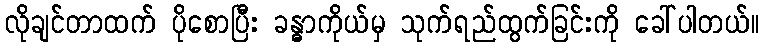
လိုချင်တာထက် ပိုစောပြီး ခန္ဓာကိုယ်မှ သုက်ရည်ထွက်ခြင်းကို ခေါ်ပါတယ်။